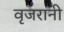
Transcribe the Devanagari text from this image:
वृजरानी